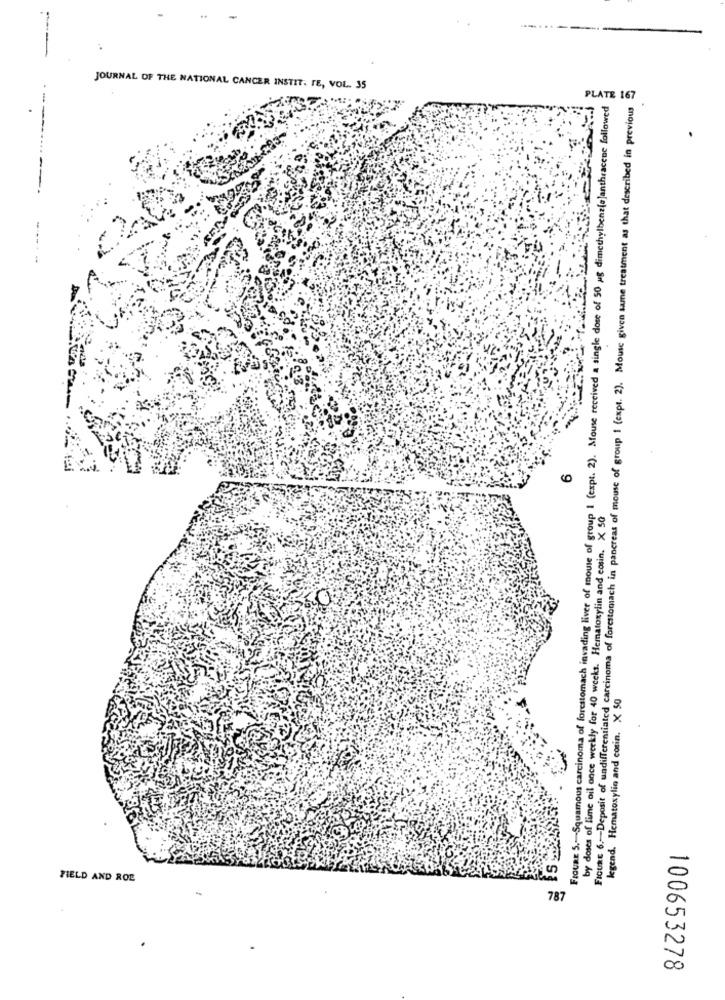
....
JOURNAL OF THE NATIONAL CANCER INSTIT. TE, VOL. 35
FIcuRe 6 .- Deposit of undifferentiated carcinoma of forestomach in pancreas of mouse of group 1 (expt. 2). Mouse given same treatment as that described in previous
FIGURE 5 .- Squamous carcinoma of forestomach invading liver of mouse of group I (expt. 2). Mouse received a single dose of 50 ug dimethylbenz[e]anthracene followed
PLATE 167
.
by doses of lime oil once weekly for 40 weeks. Hematoxylin and cosin. X 50
legend. Hematosylin and cosin. X 50
FIELD AND ROE
787
100653278